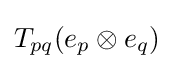
T_{pq}(e_{p}\otimes e_{q})